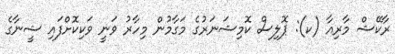
ރާކޭޝް މާރިއާ (ކ): ޕޮލިސް ކޮމިޝަނަރުގެ މަގާމުން މިހާރު ވަނީ ވަކިކޮށްފައި ޝީނާގެ